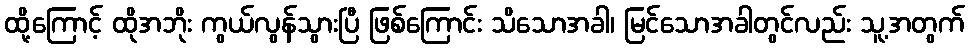
ထို့ကြောင့် ထိုအဘိုး ကွယ်လွန်သွားပြီ ဖြစ်ကြောင်း သိသောအခါ၊ မြင်သောအခါတွင်လည်း သူ့အတွက်